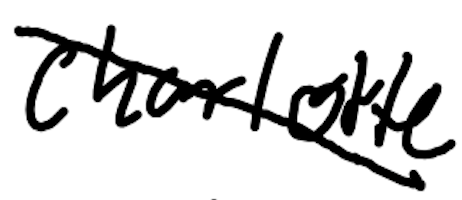
Text: Charlotte
Cross-out: diagonal
Writing tool: digital_black